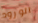
الورود